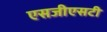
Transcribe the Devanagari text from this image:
एसजीएसटी